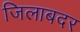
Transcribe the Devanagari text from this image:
जिलाबदर